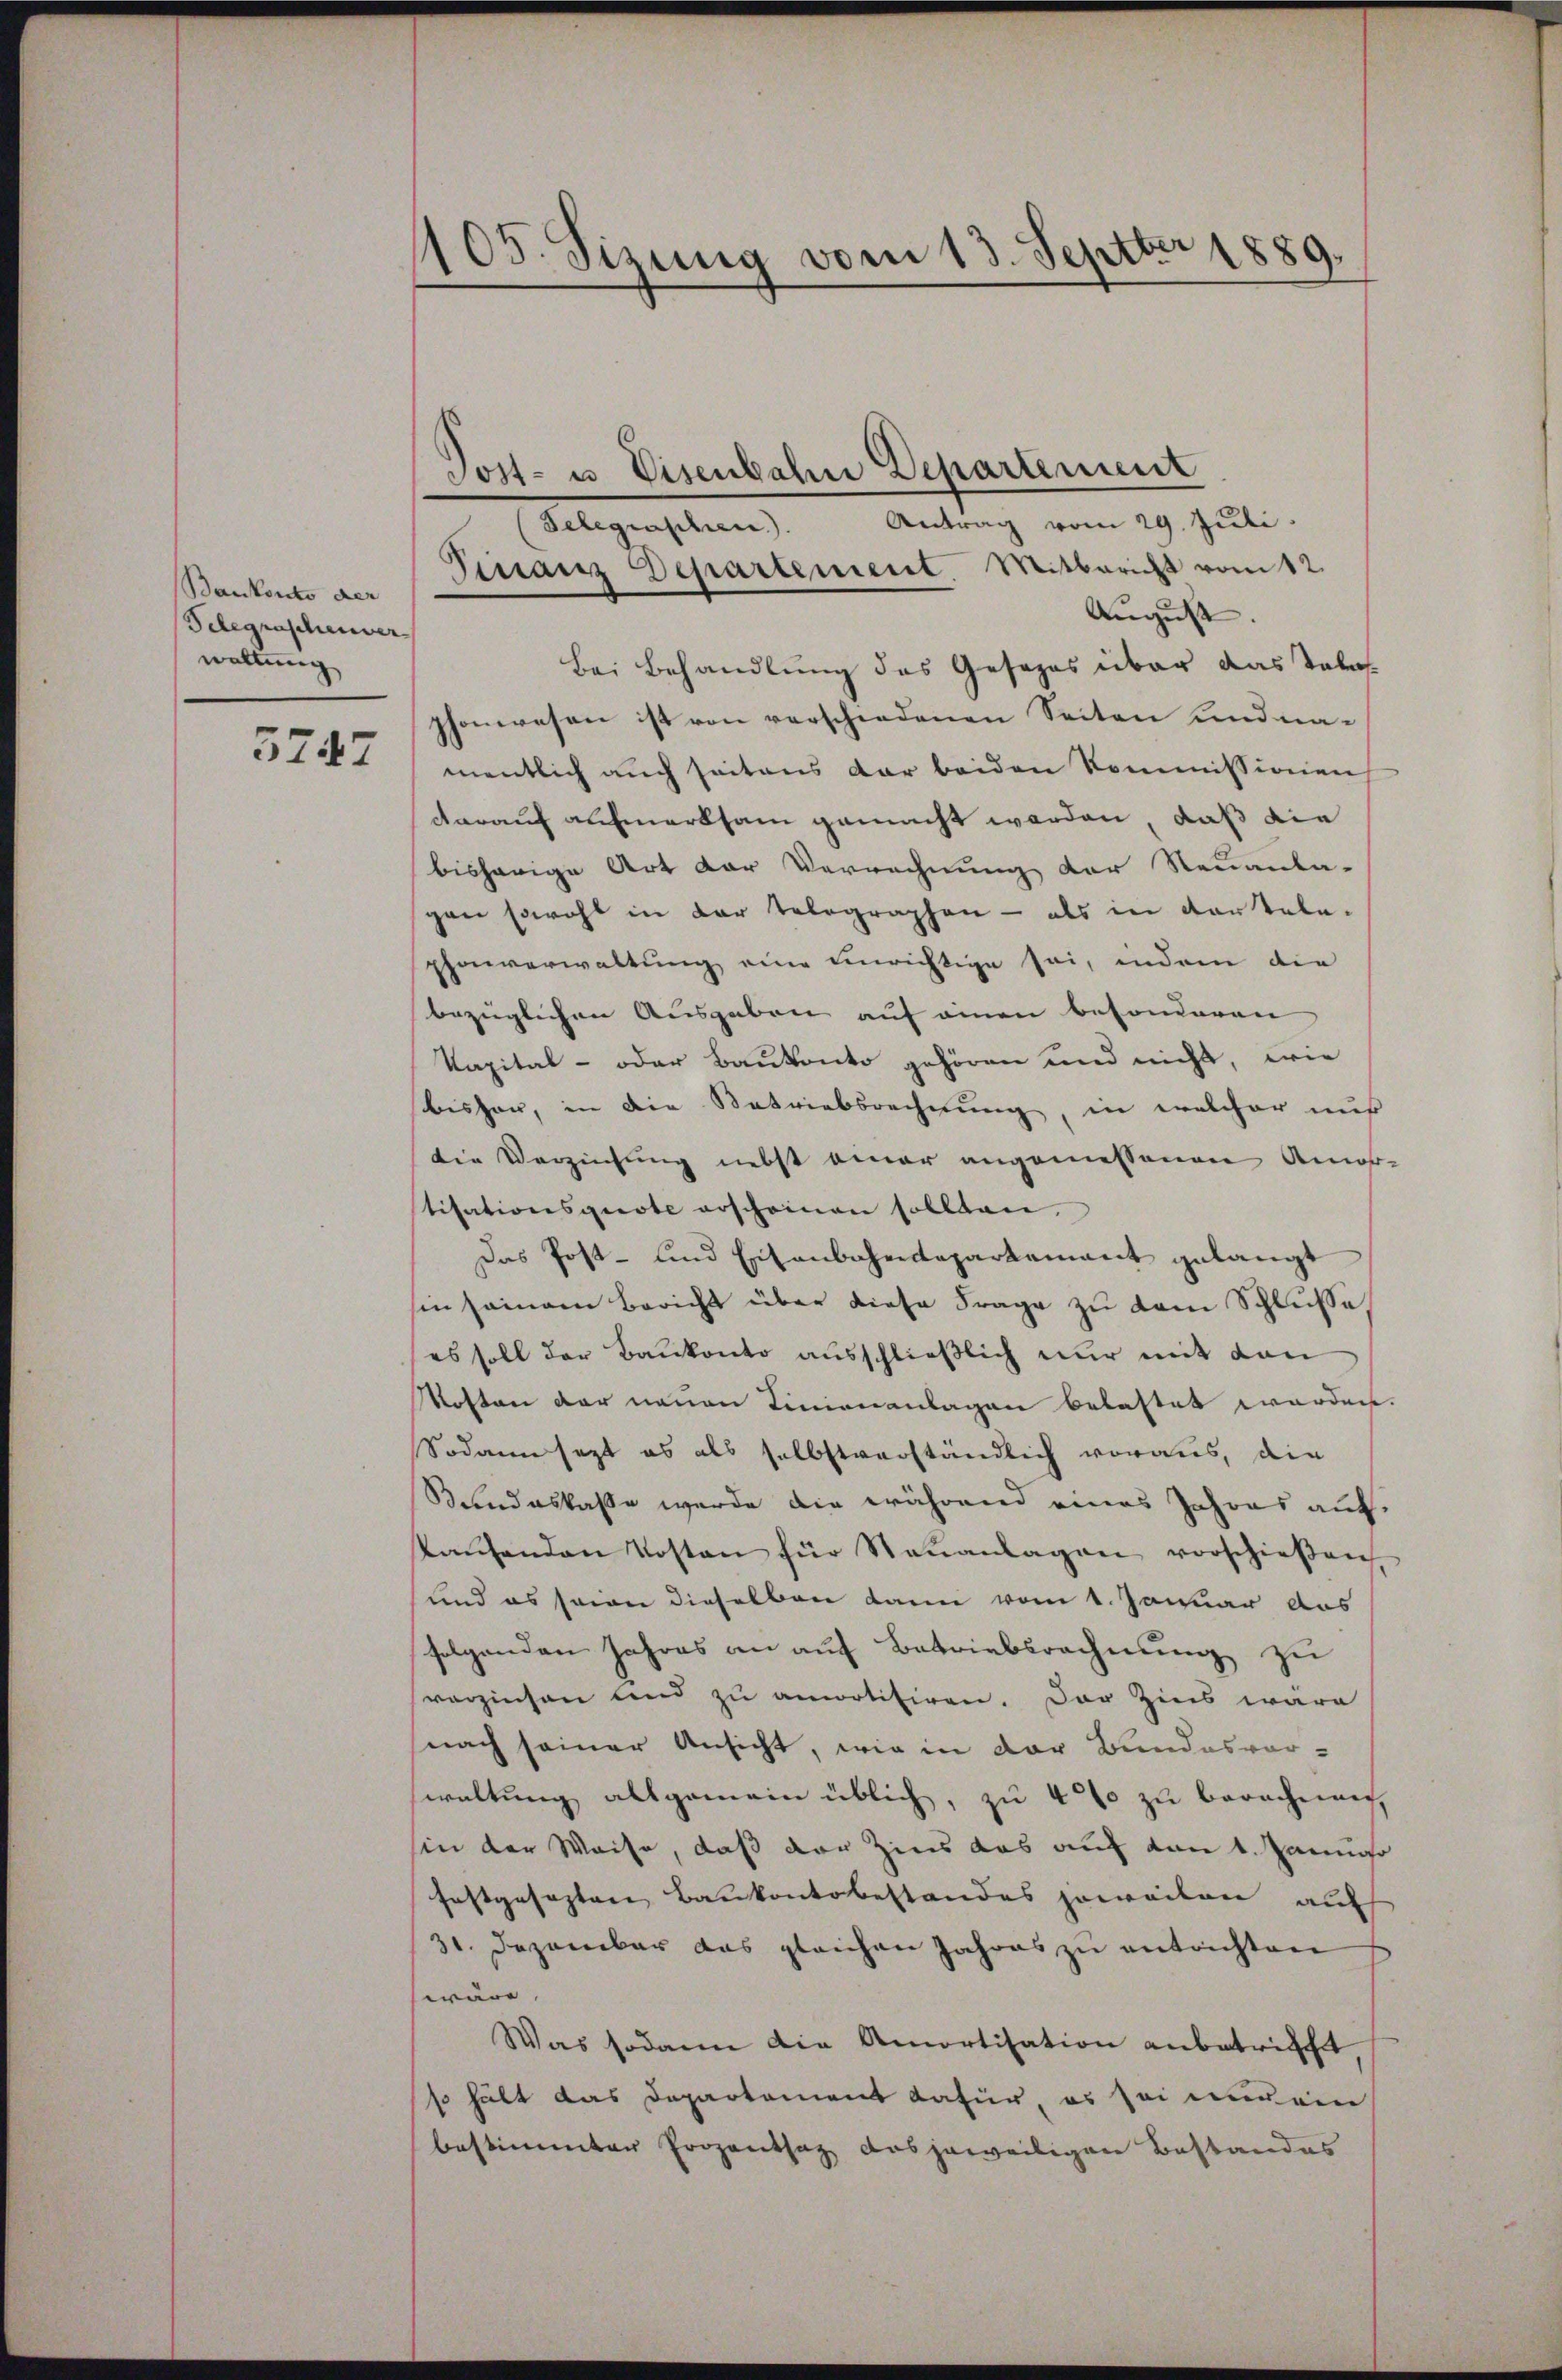
Bankonto der
Telegraschenver
waltung
3747

105. Sizung vom 13. Septbr 1889.

Antrag vom 29. Juli
August. |
Bei Behandlung des Gesezes über das Tele
phonwesen ist von verschiedenen Seiten und namentlich auch seitens dar beiden Kommissionen
darauf aufmerksam gemacht werden, daß die
bisherige Art der Verrechnung der Neuanta-
gen sowohl in der Telegraphen - als in dortele-
phonverwaltung eine einrichtige sei, indem die
bezüglichen Ausgaben auf einen besonderen
Kapital- oder Baukonto gehören und nicht, wie
bisher, in die Betriebsrechnung, in welcher nur
die Verzeichung nebst einer angemessenen Amor-
tisationsquote erscheinen sollten.
Das Post- und Eisenbahndepartement gelangt
hin seien Bericht über diese Frage zu dem Schlusse
es soll der Baukonto ausschließlich nur mit den
Mosten der neuen Linienanlagen belastet worden.
Sodann sezt es als selbstverständlich voraus, die
Bundeskasse werde die während eines Jahres aufkaŭfenden Kosten für Steŭanlagen vorschießen,
und es seien dieselben kann vom 1. Januar das
folgenden Jahres an auf Betriebsrechnung zu
verzinsen sind zu annotitiren. Der Zins wäre
nach seiner Ansicht, wie in der Bundesvor-
waltung allgemein üblich, zu 4 zu berechnen,
sin der Weise, daß der Zins das auf den 1. Januar
festgesezten Baukontobestandes soweiten auf
31. Dezember das gleichen Jahres zu entrichten
wäre.
Was sodann die Amortisation anbetricht
so hält das Departement dafür, es sei einein
bestimmten Prozentsaz das jeweiligen Bestandes

Post- u. Visenbahn Departement

Telegraschien).
Finanz Departement. Mitbericht vom 12.